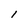
Character: 1